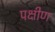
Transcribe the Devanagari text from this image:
पक्षीण